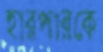
হারপারকে